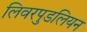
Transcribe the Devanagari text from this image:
लिवरपुडलियन